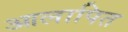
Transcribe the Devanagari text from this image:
आलापित